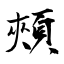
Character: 頰